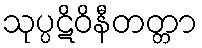
သုပ္ပဋိဝိနီတတ္တာ